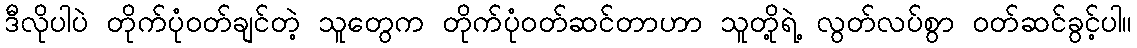
ဒီလိုပါပဲ တိုက်ပုံဝတ်ချင်တဲ့ သူတွေက တိုက်ပုံဝတ်ဆင်တာဟာ သူတို့ရဲ့ လွတ်လပ်စွာ ဝတ်ဆင်ခွင့်ပါ။